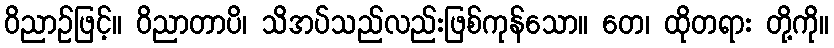
ဝိညာဉ်ဖြင့်။ ဝိညာတာပိ၊ သိအပ်သည်လည်းဖြစ်ကုန်သော။ တေ၊ ထိုတရား တို့ကို။